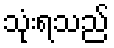
သုံးရသည်